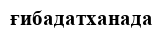
ғибадатханада